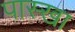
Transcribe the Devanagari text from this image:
पास्खा